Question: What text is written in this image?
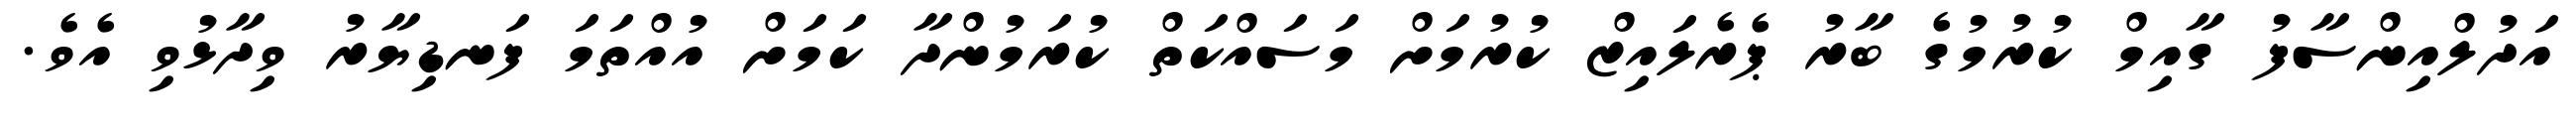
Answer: އަދުލްއިންސާފު ގާއިމް ކުރުމުގެ ބާރު ޕެރެލައިޒް ކުރުމަށް މަސައްކަތް ކުރަމުންދާ ކަމަށް އުއްތަމަ ފަނޑިޔާރު ވިދާޅުވި އެވެ.